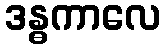
ဒန္ဓကာလေ